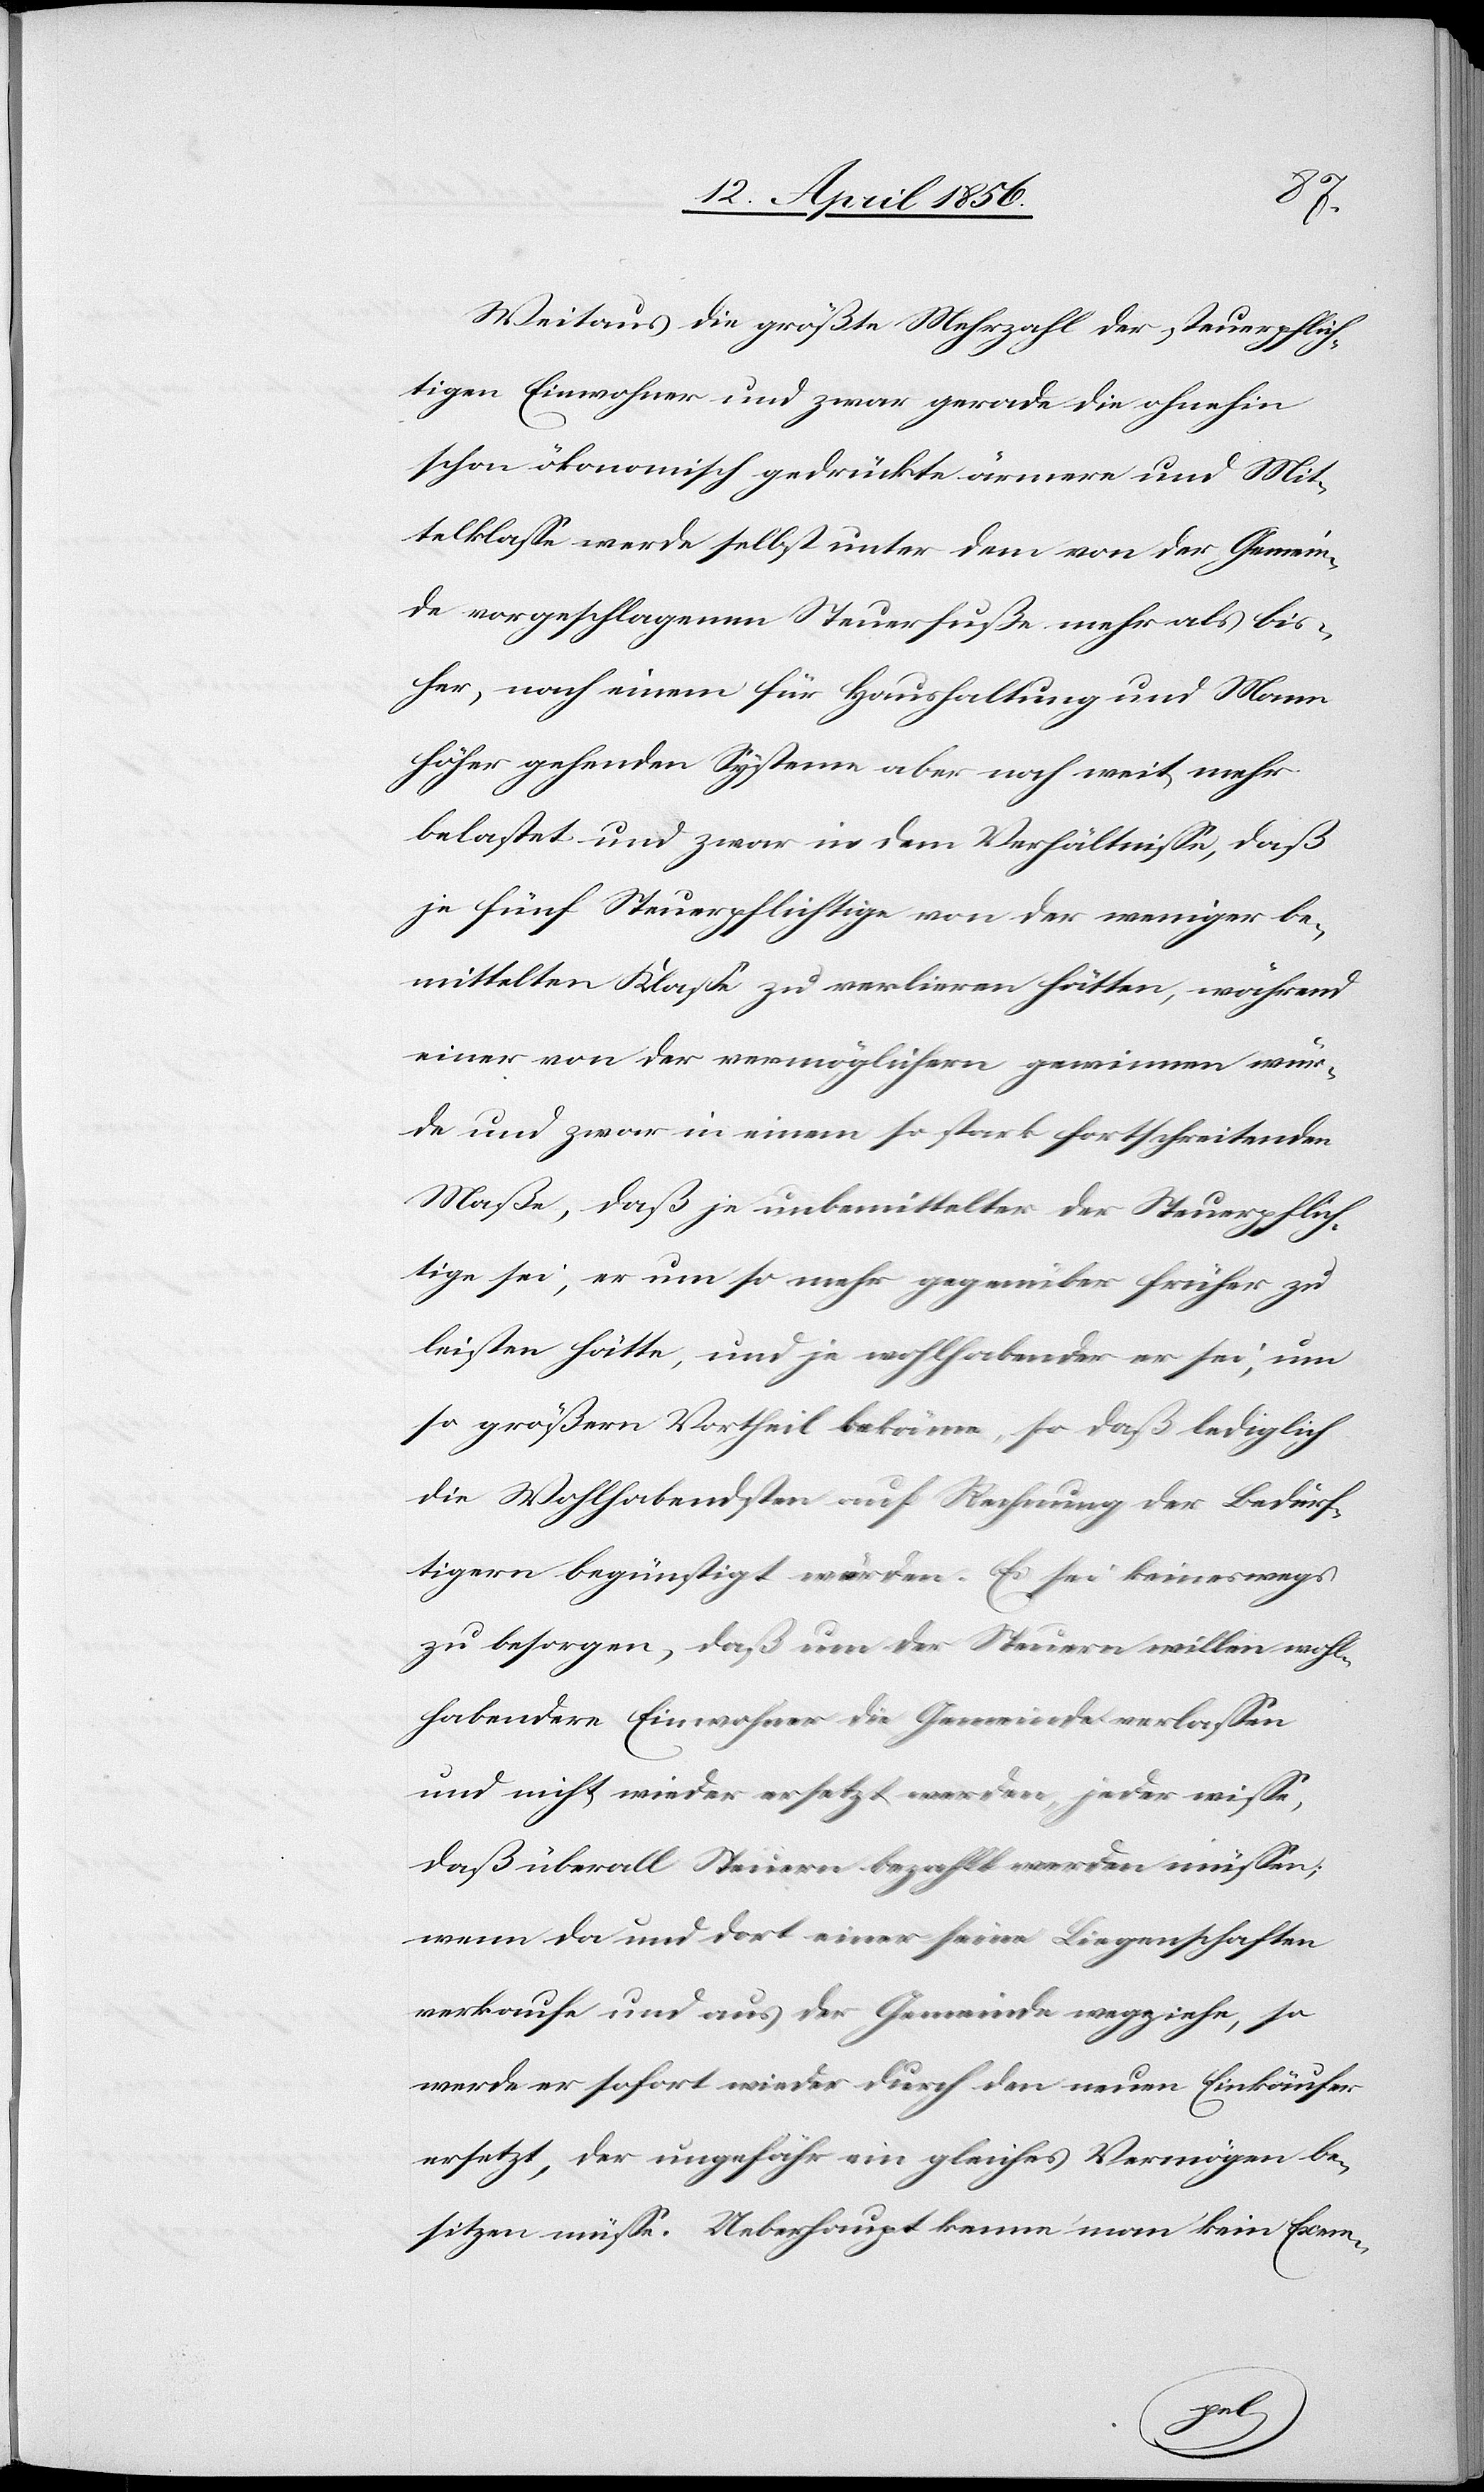
Weitaus die größte Mehrzahl der steuerpflich¬
tigen Einwohner und zwar gerade die ohnehin
schon ökonomisch gedrückte ärmere und Mit¬
telklasse werde selbst unter dem von der Gemein¬
de vorgeschlagenen Steuerfuße mehr als bis¬
her, nach einem für Haushaltung und Mann
höher gehenden Systeme aber noch weit mehr
belastet und zwar in dem Verhältnisse, daß
je fünf Steuerpflichtige von der weniger be¬
mittelten Klasse zu verlieren hätten, während
einer von der vermöglichern gewinnen wür¬
de und zwar in einem so stark fortschreitenden
Maße, daß je unbemittelter der Steuerpflich¬
tige sei, er um so mehr gegenüber früher zu
leisten hätte, und je wohlhabender er sei, um
so größern Vortheil bekäme, so daß lediglich
die Wohlhabendsten auf Rechnung der Bedürf¬
tigern begünstigt würden. Es sei keineswegs
zu besorgen, daß um der Steuern willen wohl¬
habendere Einwohner die Gemeinde verlassen
und nicht wieder ersetzt werden, jeder wisse,
daß überall Steuern bezahlt werden müssen;
wenn da und dort einer seine Liegenschaften
verkaufe und aus der Gemeinde wegziehe, so
werde er sofort wieder durch den neuen Einkäufer
ersetzt, der ungefähr ein gleiches Vermögen be¬
sitzen müsse. Ueberhaupt kenne man kein Exem-